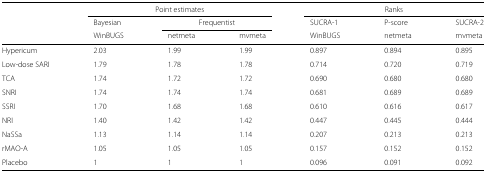
|  | <COLSPAN=3> Point estimates | <COLSPAN=3> Ranks |
 |  | Bayesian | <COLSPAN=2> Frequentist | SUCRA-1 | P-score | SUCRA-2 |
 |  | WinBUGS | netmeta | mvmeta | WinBUGS | netmeta | mvmeta |
 | --- | --- | --- | --- | --- | --- | --- |
 | Hypericum | 2.03 | 1.99 | 1.99 | 0.897 | 0.894 | 0.895 |
 | Low-dose SARI | 1.79 | 1.78 | 1.78 | 0.714 | 0.720 | 0.719 |
 | TCA | 1.74 | 1.72 | 1.72 | 0.690 | 0.680 | 0.680 |
 | SNRI | 1.74 | 1.74 | 1.74 | 0.681 | 0.689 | 0.689 |
 | SSRI | 1.70 | 1.68 | 1.68 | 0.610 | 0.616 | 0.617 |
 | NRI | 1.40 | 1.42 | 1.42 | 0.447 | 0.445 | 0.444 |
 | NaSSa | 1.13 | 1.14 | 1.14 | 0.207 | 0.213 | 0.213 |
 | rMAO-A | 1.05 | 1.05 | 1.05 | 0.157 | 0.152 | 0.152 |
 | Placebo | 1 | 1 | 1 | 0.096 | 0.091 | 0.092 |